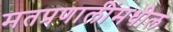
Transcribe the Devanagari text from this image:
मतप्रणालींमधील